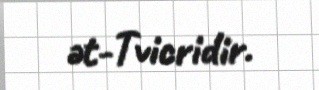
ət-Tvicridir.